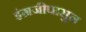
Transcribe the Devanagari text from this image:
इंग्रजीपासुन